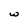
Character: w